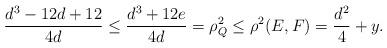
LaTeX: \begin{align*}\frac{d^3 - 12d + 12}{4d} \leq \frac{d^3 + 12e}{4d} = \rho^2_Q \leq \rho^2(E, F) = \frac{d^2}{4} + y.\end{align*}